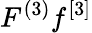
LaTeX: F^{(3)}f^{[3]}